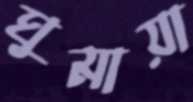
ঘুমায়া